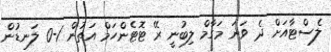
ލެސްޓާއަށް ދެ ވަނަ މަގާމް ލިބުނީ ރޭ ޓޮޓެންހަމް އަތުން 1-0 ލަނޑުން